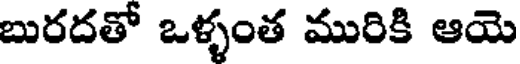
బురదతో ఒళ్ళంత మురికి ఆయె